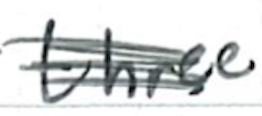
Text: three
Cross-out: mix
Writing tool: ballpoint